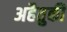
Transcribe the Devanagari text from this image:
अहैतुकी